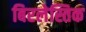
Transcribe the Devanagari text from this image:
बिरलेस्तिक